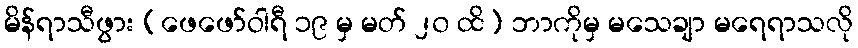
မိန်ရာသီဖွား (ဖေဖော်ဝါရီ ၁၉ မှ မတ် ၂၀ ထိ) ဘာကိုမှ မသေချာ မရေရာသလို